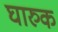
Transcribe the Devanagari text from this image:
घारुक